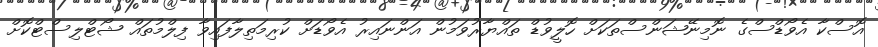
އޮސްކާ އެވޯޑްސްގެ ނޮމިނޭޝަންސްތަކަށް ހޮލީވުޑް ތައްޔާރުވަމުން އަންނައިރު އެވޯޑަށް ކުރިމަތިލާފައިވާ ފިލްމުތައް ޝޯޓްލިސްޓްކޮށް